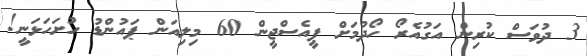
3 ދުވަަސް ކުރިން އަގުއެރޯ ހޯދުމަށް ޕީއެސްޖީން 60 މިލިއަން ޕައުންޑު ހުށަހަޅަނީ!